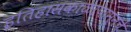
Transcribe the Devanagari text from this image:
इतिहासकाळापासूनचे